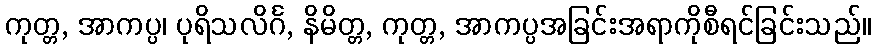
ကုတ္တ, အာကပ္ပ၊ ပုရိသလိင်္ဂ, နိမိတ္တ, ကုတ္တ, အာကပ္ပအခြင်းအရာကိုစီရင်ခြင်းသည်။